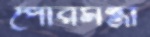
পৌরমন্ত্রী